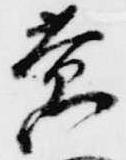
黄